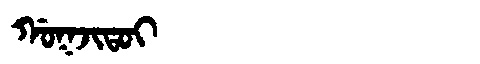
Manchu: ᡤᠣᡴᠵᡳᡨᠣᡳ
Romanization: GOKJITOI